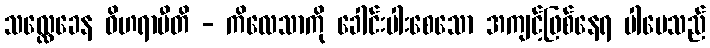
သလ္လေခေန ဝိဟရာမီတိ - ကိလေသာကို ခေါင်းပါးစေသော အကျင့်ဖြစ်နေရ ပါပေသည်